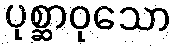
ပုစ္ဆာဝုသော